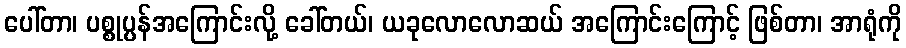
ပေါ်တာ၊ ပစ္စုပ္ပန်အကြောင်းလို့ ခေါ်တယ်၊ ယခုလောလောဆယ် အကြောင်းကြောင့် ဖြစ်တာ၊ အာရုံကို